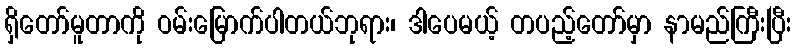
ရှိတော်မူတာကို ဝမ်းမြောက်ပါတယ်ဘုရား၊ ဒါပေမယ့် တပည့်တော်မှာ နာမည်ကြီးပြီး